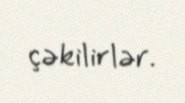
çəkilirlər.